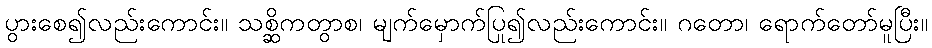
ပွားစေ၍လည်းကောင်း။ သစ္ဆိကတွာစ၊ မျက်မှောက်ပြု၍လည်းကောင်း။ ဂတော၊ ရောက်တော်မူပြီး။